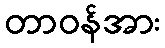
တာဝန်အား